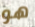
هو